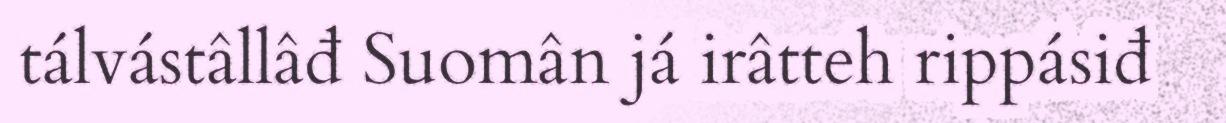
tálvástâllâđ Suomân já irâtteh rippásiđ